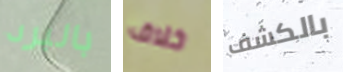
بالبرد خلاف بالكشف